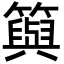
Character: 籅